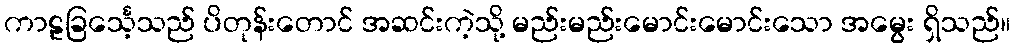
ကာဠခြင်္သေ့သည် ပိတုန်းတောင် အဆင်းကဲ့သို့ မည်းမည်းမောင်းမောင်းသော အမွေး ရှိသည်။